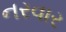
નરવાર